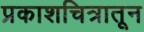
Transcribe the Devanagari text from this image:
प्रकाशचित्रातून